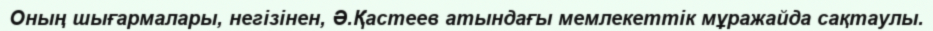
Оның шығармалары, негізінен, Ә.Қастеев атындағы мемлекеттік мұражайда сақтаулы.